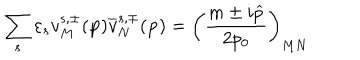
\sum _ { s } \varepsilon _ { s } v _ { M } ^ { s , \pm } ( \mathbf { p } ) \overline { { { v } } } _ { N } ^ { s , \mp } ( \mathbf { p } ) = \left( \frac { m \pm i \widehat { p } } { 2 p _ { 0 } } \right) _ { M N }